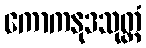
ကောကနုဒသုတ္တံ